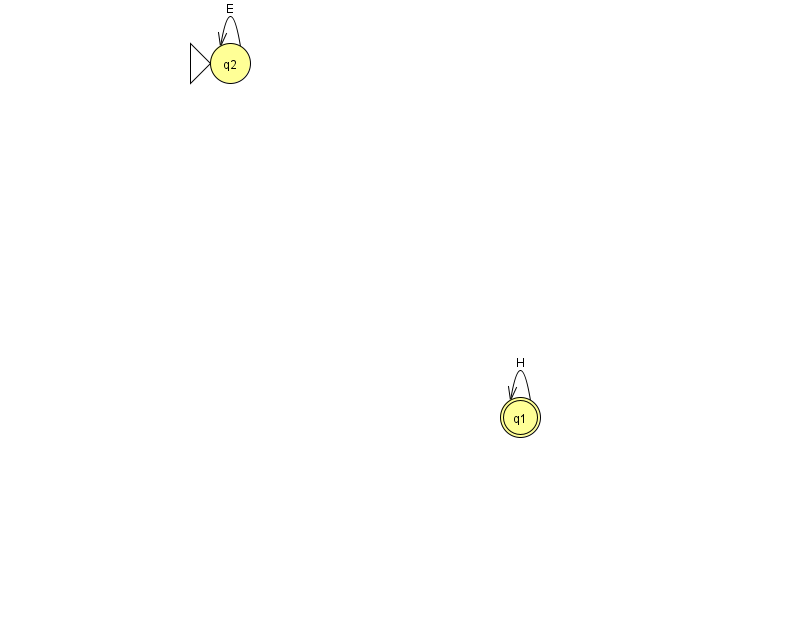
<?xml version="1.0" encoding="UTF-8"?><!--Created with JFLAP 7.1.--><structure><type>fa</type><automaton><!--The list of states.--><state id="1" name="q1"><x>520.0</x><y>404.0</y><final/></state><state id="2" name="q2"><x>230.0</x><y>50.0</y><initial/></state><!--The list of transitions.--><transition><from>2</from><to>2</to><read>E</read></transition><transition><from>1</from><to>1</to><read>H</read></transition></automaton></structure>